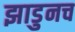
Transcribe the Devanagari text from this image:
झाडुनच